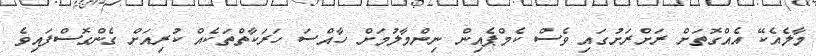
މާލެއެކޭ އެއްގޮތަށް ރަށްރަށުގައި ވެސް ކެމްޕެއިން ނިންމާލުމަށް ހާއްސަ ހަރަކާތްތަކެއް ކުރިއަށް ގެންގޮސްފައިވެ